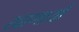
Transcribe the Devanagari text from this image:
खाणार्या